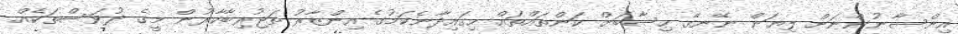
އިންސާނުންނަށް ލިޔަން ނޭނގޭ ހިސާބަށް ކަންތައްތައް ހިގައިދާނެކަމުގެ އިންޒާރު ތަޖުރިބާކާރުން މީގެ ދުވަސްތަކެއް